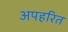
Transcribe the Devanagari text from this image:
अपहरित